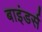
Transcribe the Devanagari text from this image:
बाइंडर्स